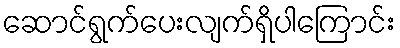
ဆောင်ရွက်ပေးလျက်ရှိပါကြောင်း